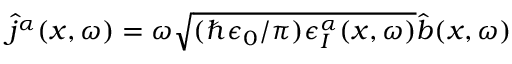
\hat { j } ^ { \alpha } ( x , \omega ) = \omega \sqrt { ( \hbar \epsilon _ { 0 } / \pi ) \epsilon _ { I } ^ { \alpha } ( x , \omega ) } \hat { b } ( x , \omega )